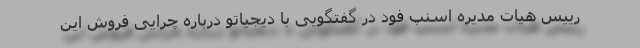
رییس هیات مدیره اسنپ فود در گفتگویی با دیجیاتو درباره چرایی فروش این